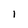
Character: l